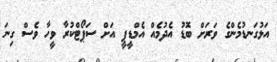
އަޅުގަނޑުމެންގެ ވަރަށް ބޮޑު އެދުމެއް އެމްޑީޕީ އަށް ސަޕޯޓްކުރާ ވީހާ ވެސް ގިނަ